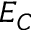
E _ { C }